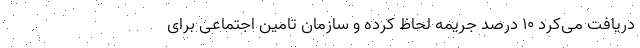
دریافت می‌کرد ۱۰ درصد جریمه لحاظ کرده و سازمان تامین اجتماعی برای